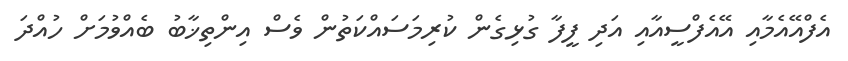
އެފްއޭއެމާއި އޭއެފްސީއާއި އަދި ފީފާ ގުޅިގެން ކުރިމަސައްކަތުން ވެސް އިންތިޚާބު ބެއްވުމަށް ހުއްދަ